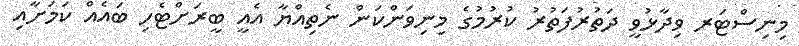
މިނިސްޓަރ ވިދާޅުވީ ދަތުރުފަތުރު ކުރުމުގެ މިނިވަންކަން ނެތިއްޔާ އެއީ ބީރަށްޓެހި ބައެއް ކަމަށާއި